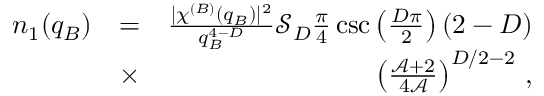
\begin{array} { r l r } { n _ { 1 } ( q _ { B } ) } & { = } & { \frac { \lvert \chi ^ { ( B ) } ( q _ { B } ) \rvert ^ { 2 } } { q _ { B } ^ { 4 - D } } \mathcal { S } _ { D } \frac { \pi } { 4 } \csc \left( \frac { D \pi } { 2 } \right) ( 2 - D ) } \\ & { \times } & { \left( \frac { \mathcal { A } + 2 } { 4 \mathcal { A } } \right) ^ { D / 2 - 2 } \, , } \end{array}